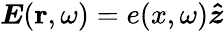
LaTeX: \boldsymbol{E}(\mathbf{r},\omega)=e(x,\omega)\boldsymbol{\hat{z}}